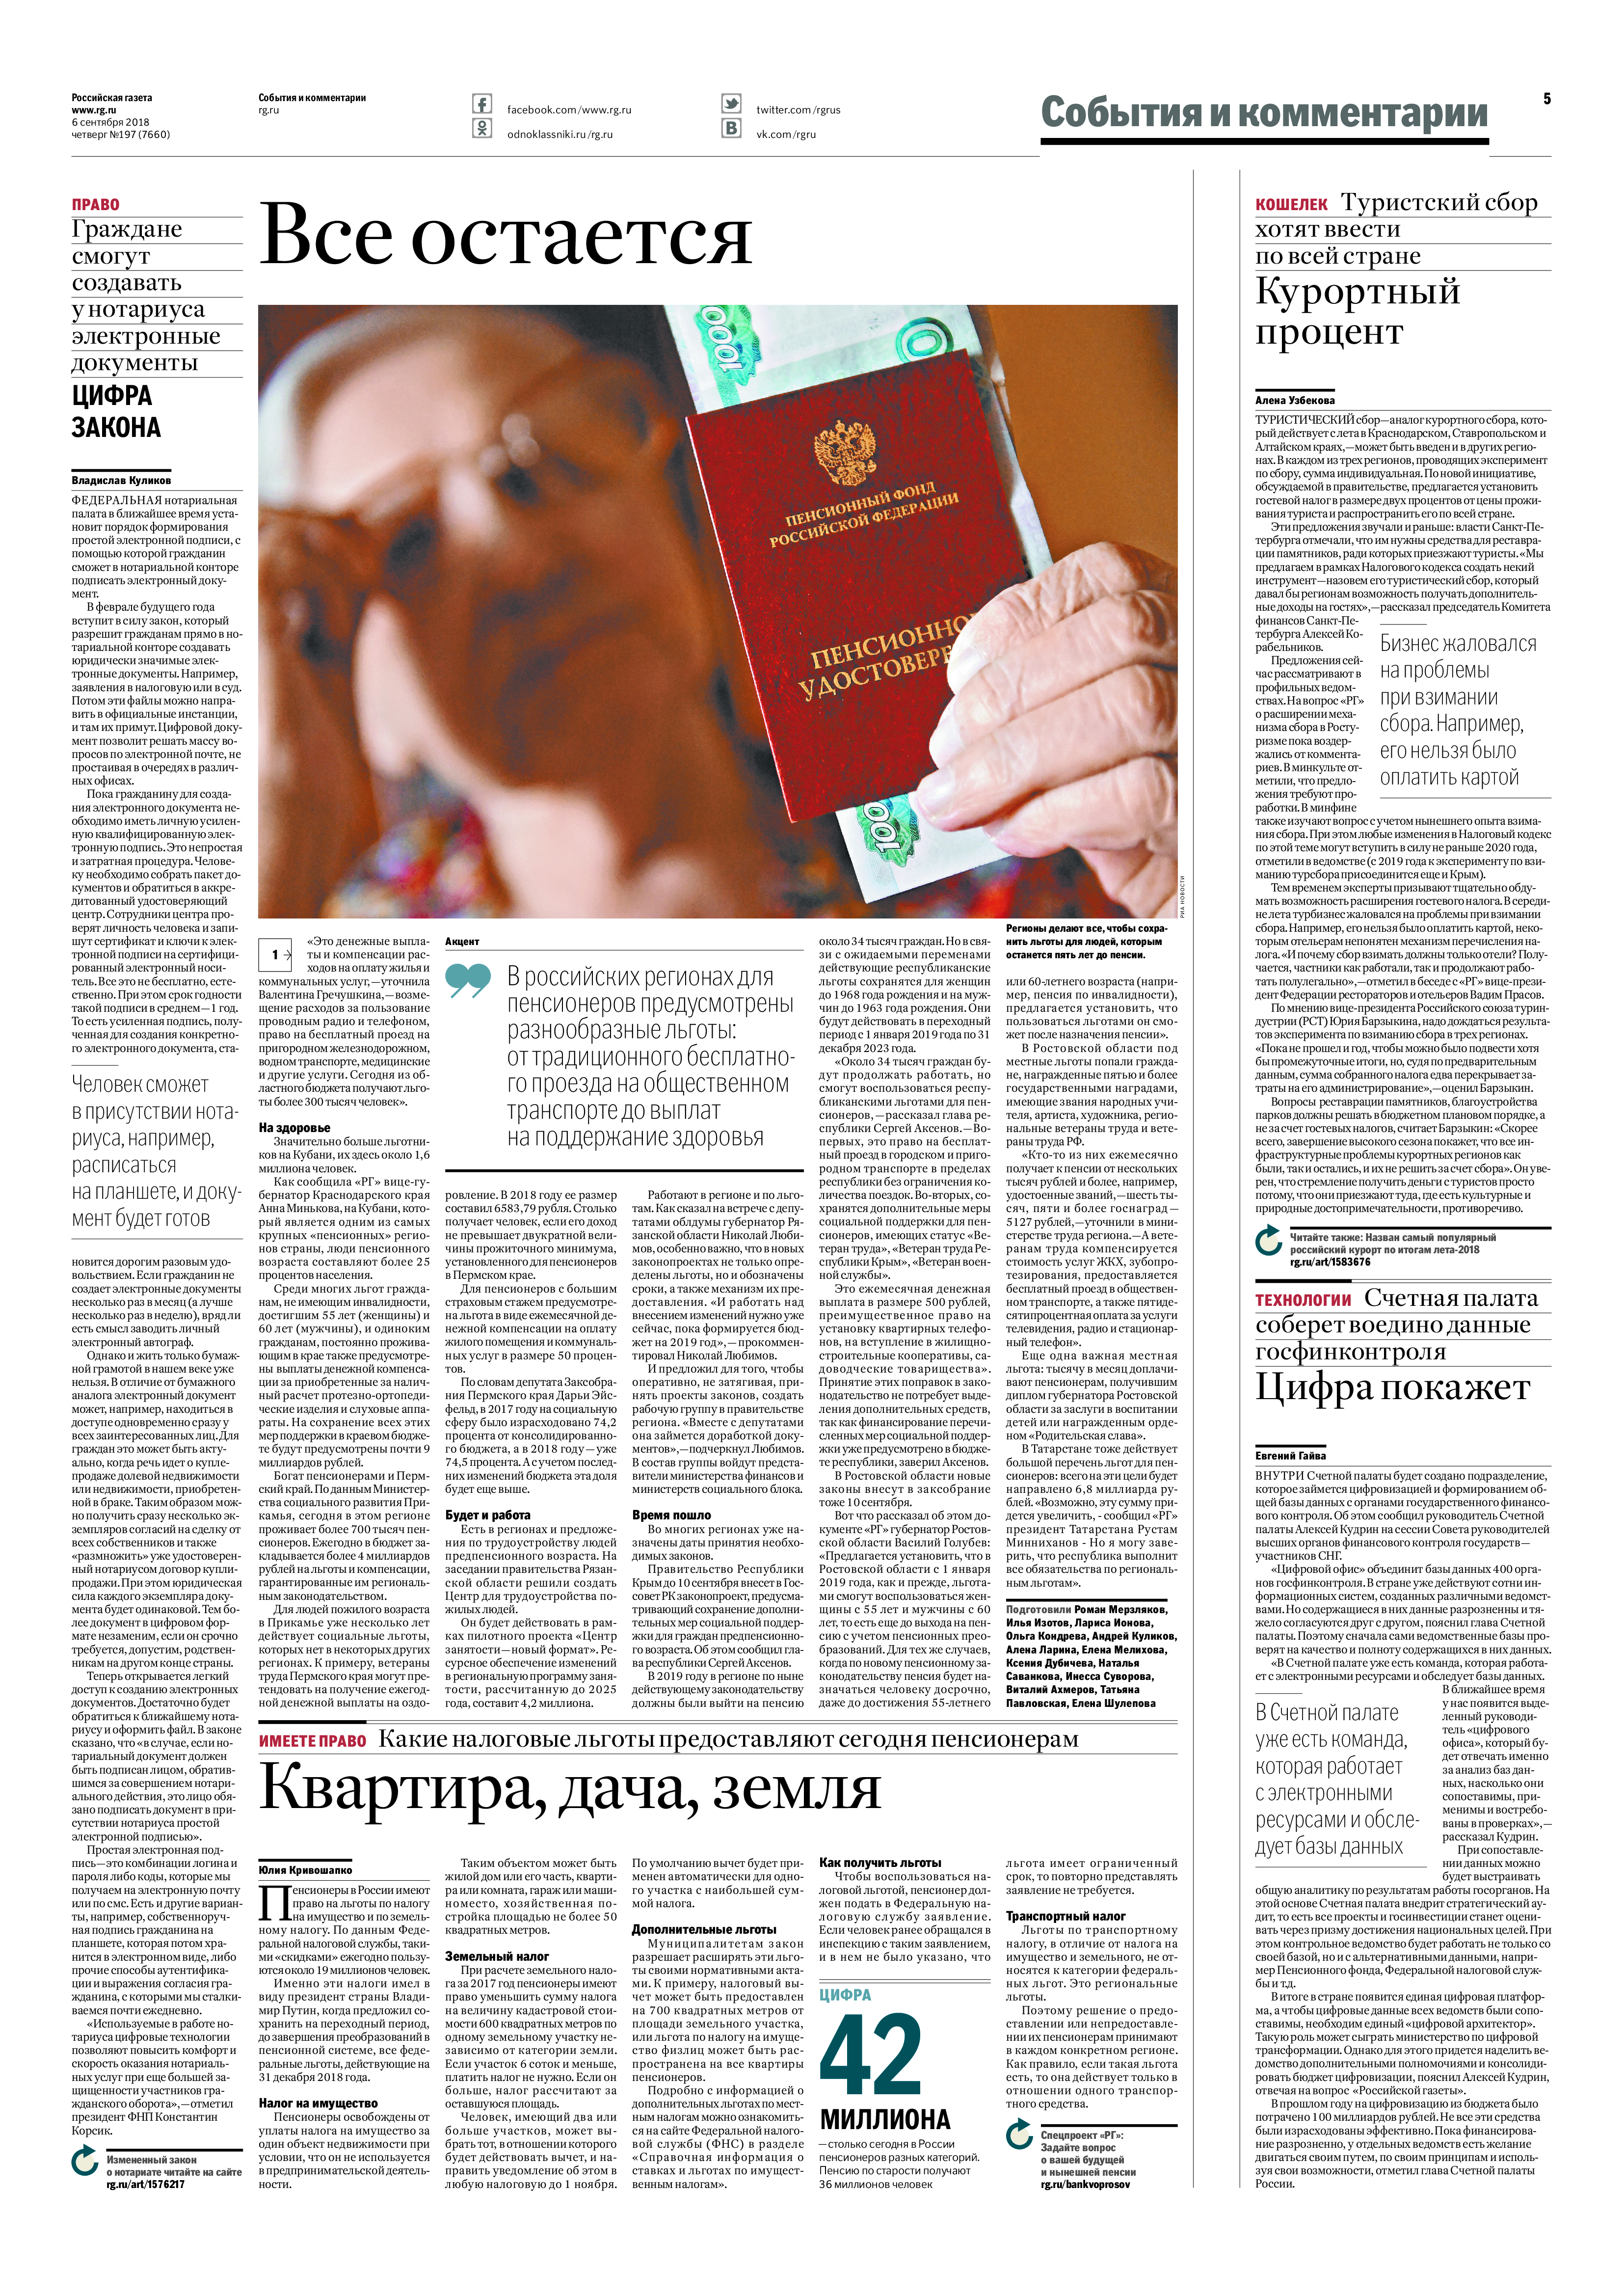
Language: ru